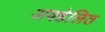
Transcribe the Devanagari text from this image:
अवहेलित